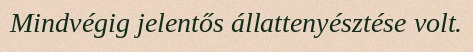
Mindvégig jelentős állattenyésztése volt.